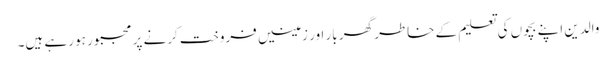
والدین اپنے بچوں کی تعلیم کے خاطر گھر بار اور زمینیں فروخت کرنے پر مجبور ہو رہے ہیں۔